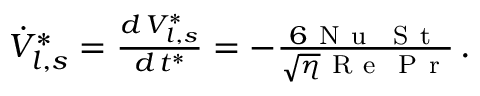
\begin{array} { r } { \dot { V } _ { l , s } ^ { * } = \frac { d \, V _ { l , s } ^ { * } } { d \, t ^ { * } } = - \frac { 6 \mathrm { ~ N ~ u ~ } \, \mathrm { ~ S ~ t ~ } } { \sqrt { \eta } \mathrm { ~ R ~ e ~ } \mathrm { ~ P ~ r ~ } } \, . } \end{array}